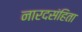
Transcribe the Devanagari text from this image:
नारदसंहिता